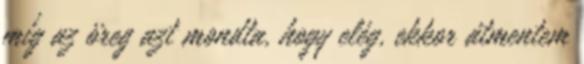
míg az öreg azt mondta, hogy elég, ekkor átmentem